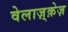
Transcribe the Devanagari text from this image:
वेलाज़्क़ेज़